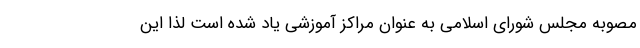
مصوبه مجلس شورای اسلامی به عنوان مراکز آموزشی یاد شده است لذا این